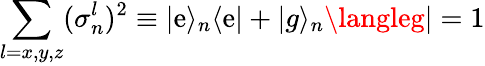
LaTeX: \sum_{l=x,y,z}(\sigma_{n}^{l})^{2}\equiv|\mathrm{e}\rangle_{n}\langle\mathrm{e}|+|g\rangle_{n}\langleg|=1